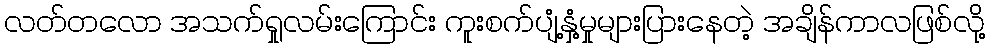
လတ်တလော အသက်ရှုလမ်းကြောင်း ကူးစက်ပျံ့နှံ့မှုများပြားနေတဲ့ အချိန်ကာလဖြစ်လို့